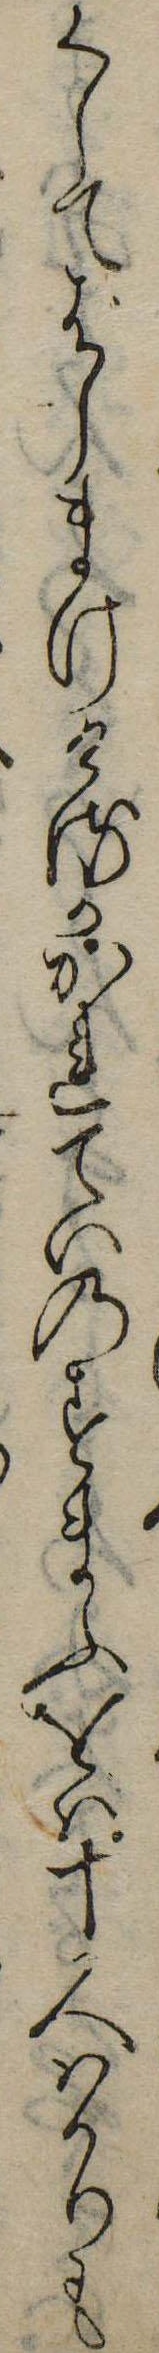
くしてばしまけけるかかれていのすまふをは十人はかりも